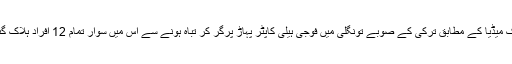
ترک میڈیا کے مطابق ترکی کے صوبے تونگلی میں فوجی ہیلی کاپٹر پہاڑ پرگر کر تباہ ہونے سے اس میں سوار تمام 12 افراد ہلاک گئے۔